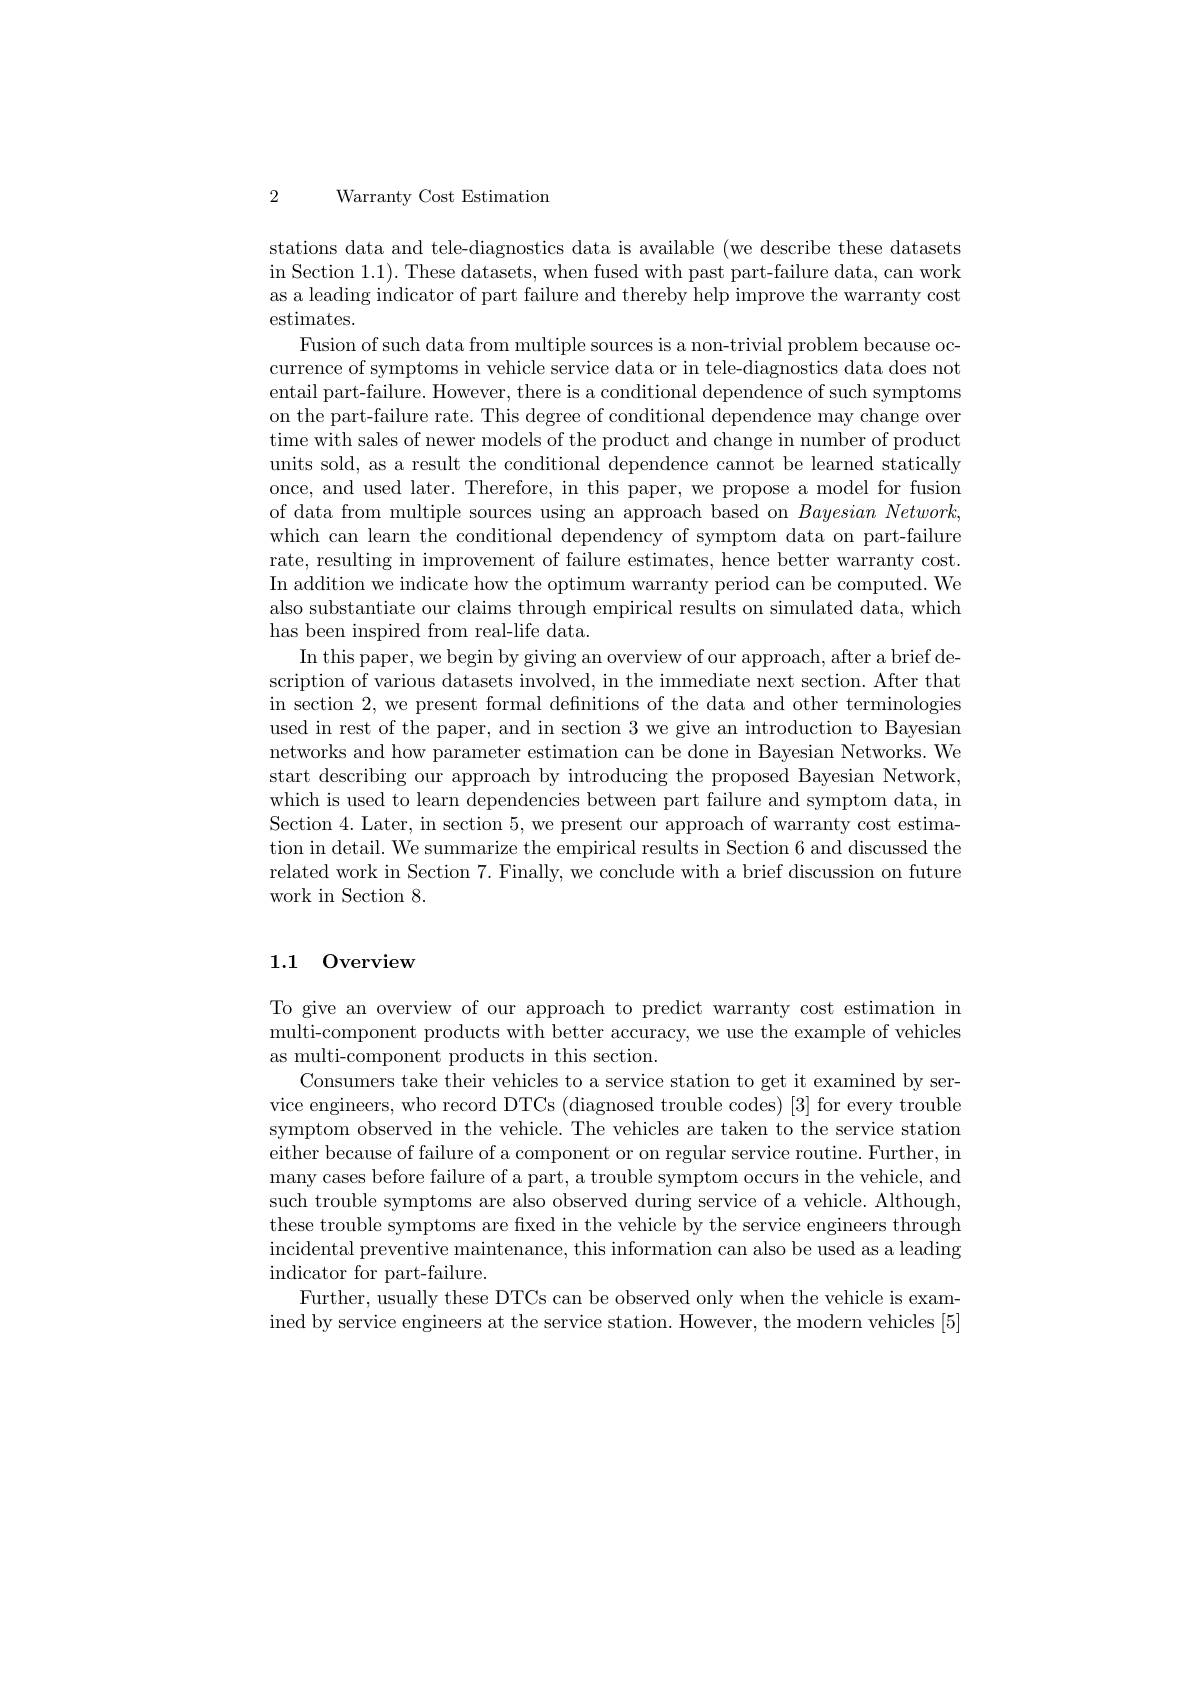
2 Warranty Cost Estimation

stations data and tele-diagnostics data is available (we describe these datasets $\operatorname{in}$Section 1.1). These datasets, when fused with past part-failure data, can work as a leading indicator of part failure and thereby help improve the warranty cost estimates.

Fusion of such data from multiple sources is a non-trivial problem because occurrence of symptoms in vehicle service data or in tele-diagnostics data does not entail part-failure. However, there is a conditional dependence of such symptoms on the part-failure rate. This degree of conditional dependence may change over time with sales of newer models of the product and change in number of product units sold, as a result the conditional dependence cannot be learned statically once, and used later. Therefore, in this paper, we propose a model for fusion of data from multiple sources using an approach based on $Bayesian\textit{Network, }$ which can learn the conditional dependency of symptom data on part-failure rate, resulting in improvement of failure estimates, hence better warranty cost. In addition we indicate how the optimum warranty period can be computed. We also substantiate our claims through empirical results on simulated data, which has been inspired from real-life data.
In this paper, we begin by giving an overview of our approach, after a brief description of various datasets involved, in the immediate next section. After that in section 2, we present formal defnitions of the data and other terminologies used in rest of the paper, and in section 3 we give an introduction to Bayesian networks and how parameter estimation can be done in Bayesian Networks. We start describing our approach by introducing the proposed Bayesian Network, which is used to learn dependencies between part failure and symptom data, in Section 4. Later, in section 5, we present our approach of warranty cost estimation in detail. We summarize the empirical results in Section 6 and discussed the related work in Section 7. Finally, we conclude with a brief discussion on future work in Section 8.

## 1.1 0verview

To give an overview of our approach to predict warranty cost estimation in multi-component products with better accuracy, we use the example of vehicles as multi-component products in this section.
Consumers take their vehicles to a service station to get it examined by service engineers, who record DTCs (diagnosed trouble codes) [3] for every trouble symptom observed in the vehicle. The vehicles are taken to the service station either because of failure of a component or on regular service routine. Further, in many cases before failure of a part, a trouble symptom occurs in the vehicle, and such trouble symptoms are also observed during service of a vehicle. Although, these trouble symptoms are fxed in the vehicle by the service engineers through incidental preventive maintenance, this information can also be used as a leading indicator for part-failure.
Further, usually these DTCs can be observed only when the vehicle is examined by service engineers at the service station. However, the modern vehicles [5]